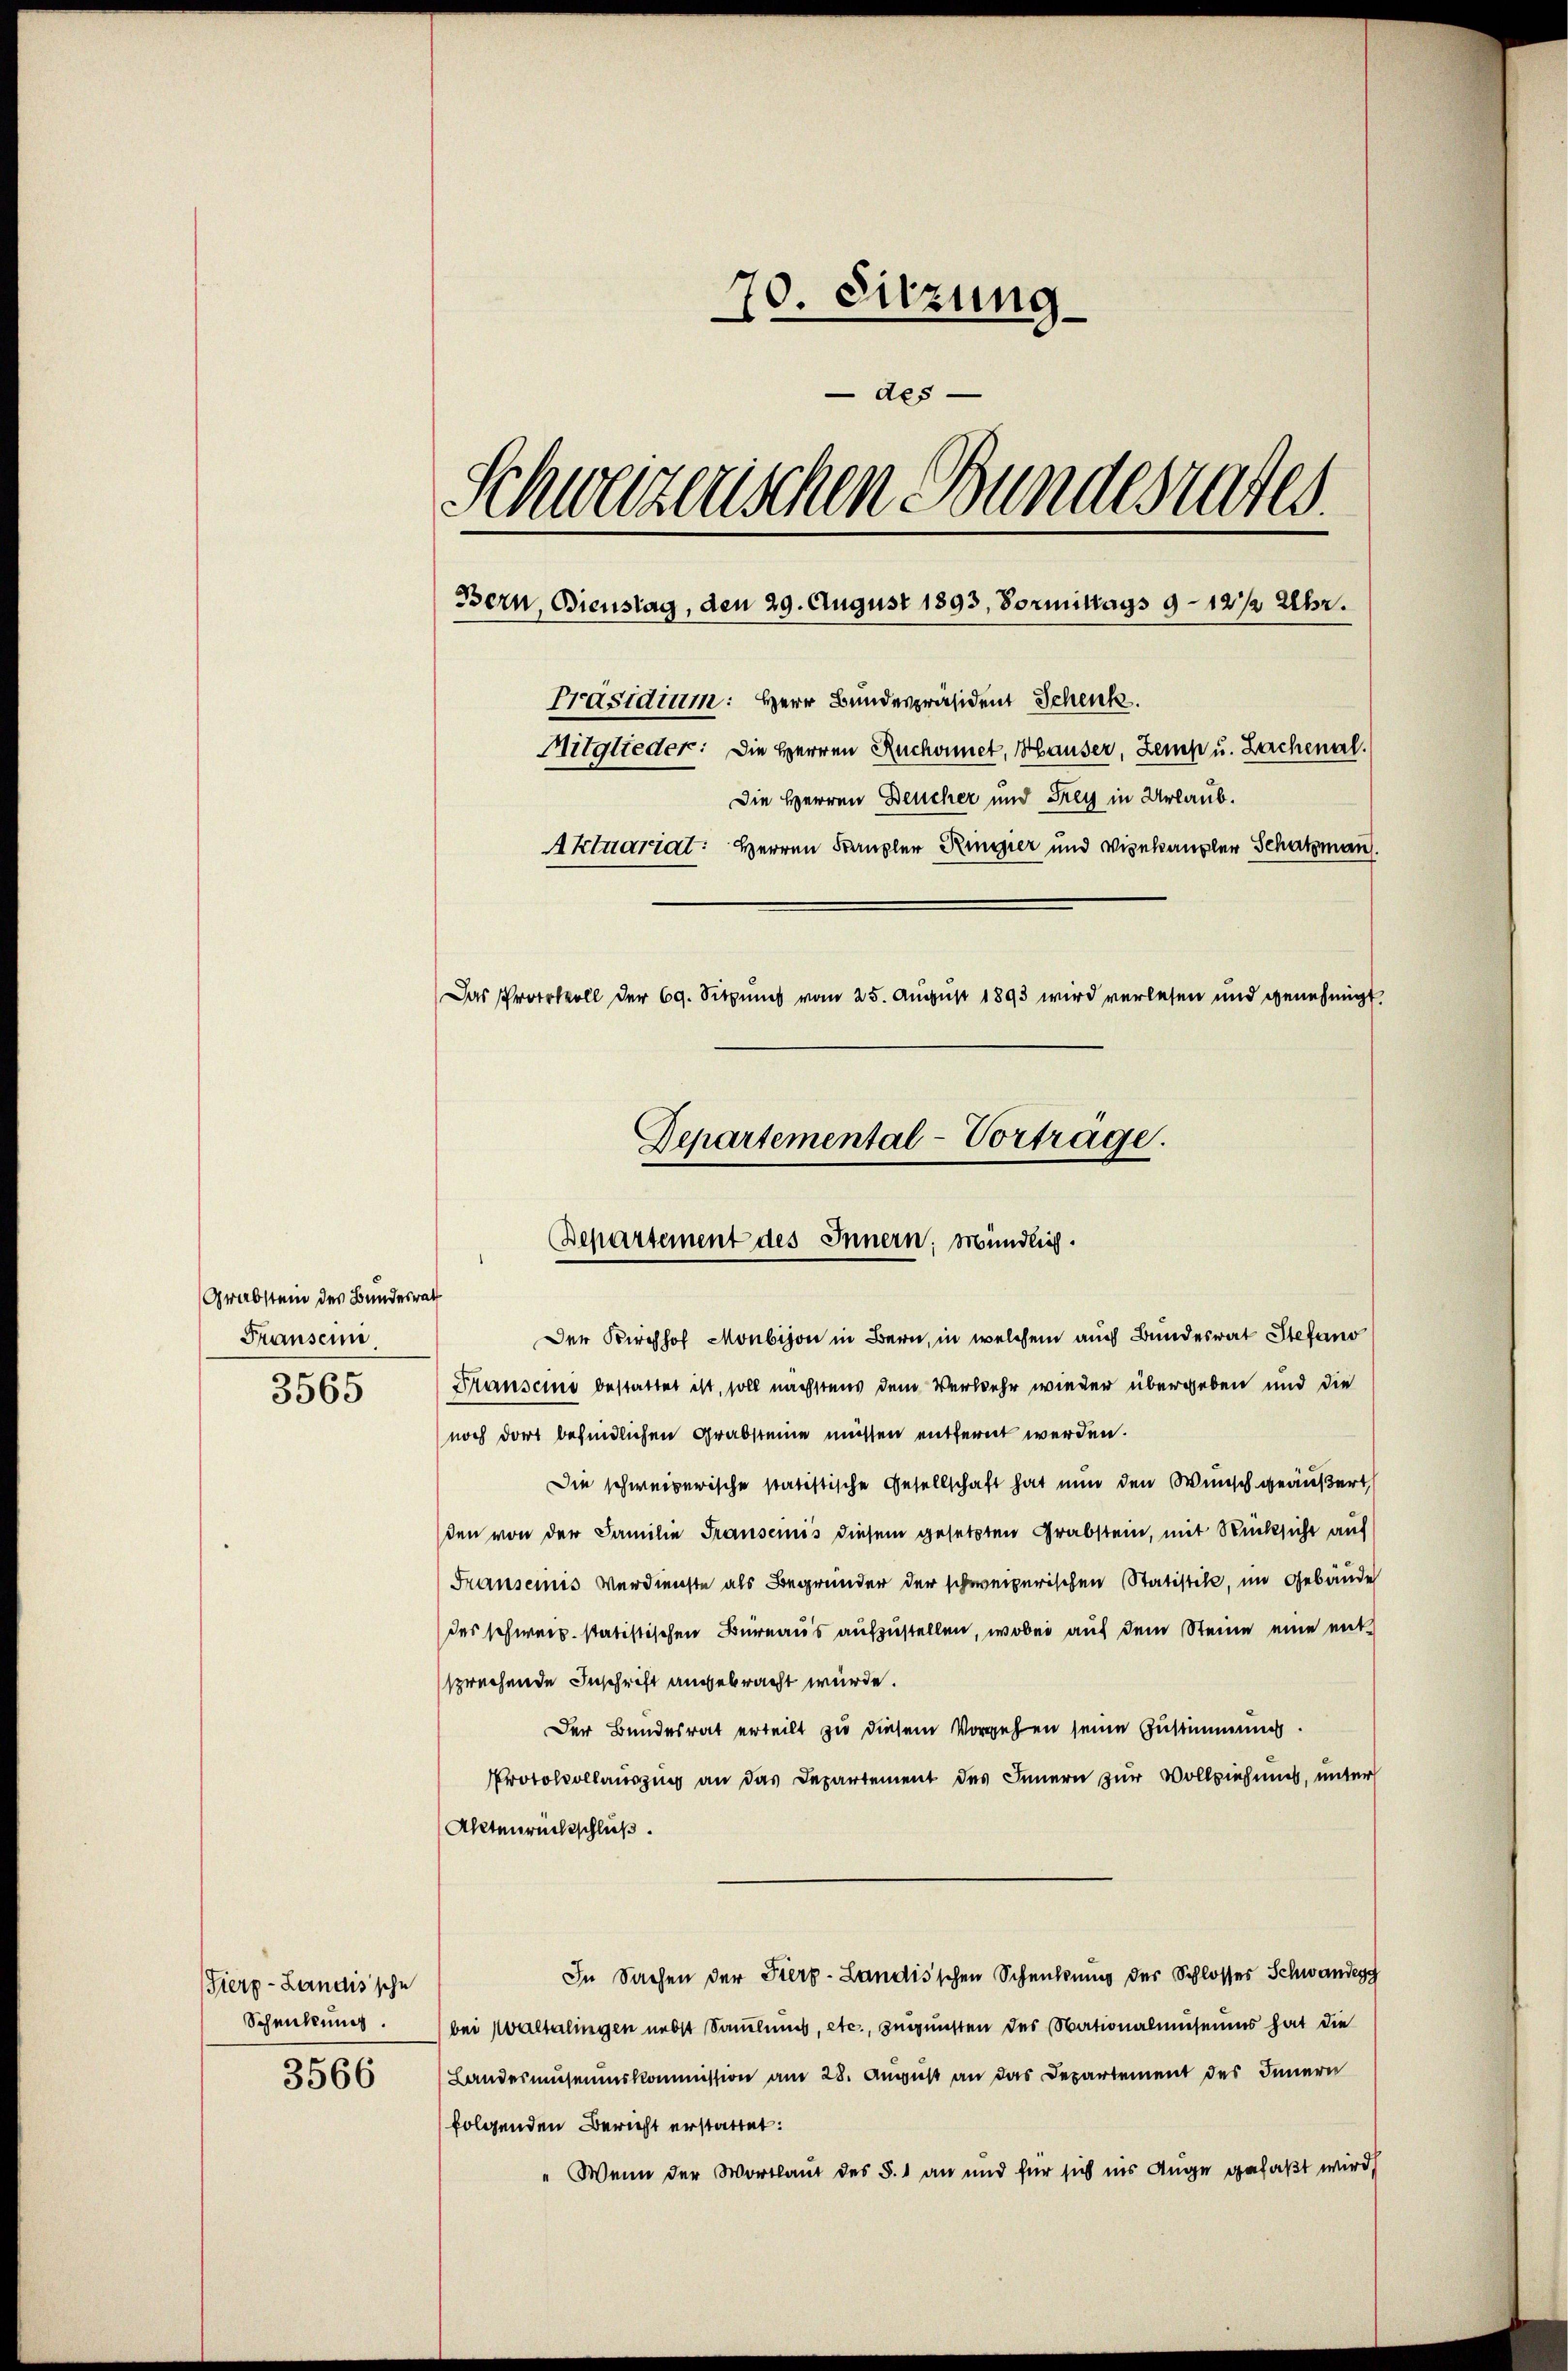
Grabstein des Bundesrath
Fransenn
3565

Fierp-Landis'sche
Schenkung.
3566

70. Sitzung
des
Schweizerischen Bundesrates.
Bern, Bienstag, den 29. August 1893, Vormittags 9 - 12 1/2 Uhr.
Präsidium: Herr Bundespräsident Schenk
Mitglieder: Die Herren Ruchonnet, Häuser, Zemp u. Zachenal.
Die Herren Deucher und Frey in Urlaub.
Aktuariat: Herren Kanzler Ringer und Vizekanzler Schatzmann.
Das Protokoll der 69. Sitzung vom 25. August 1893 wird verlesen und genehmigt.
Departemental-Vortrage.

Departement des Innern; Mündlich.
Der Kirchhof Monbison in Bern, in welchem auch Bundesrat Stefano

Prauseine bestattet ist, soll nächstens dem Verwehr wieder übergeben und die
noch dort befindlichen Grabsteine müssen entfernt werden.
Die schweizerische statistische Gesellschaft hat nun den Wunsch geäußert,
den von der Familie Transenis diesem gesetzten Grabstein, mit Rücksicht auf
Franseinis Verdienste als Begründer der schweizerischen Statistik, im Gebäude
des schwer. statistischen Bureaus aufzustellen, wobei auf dem Steine eine entsprechende Inschrift angebracht würde.
Der Bundesrat erteilt zu diesem Vorgehen seine Zustimmung.
Protokollauszug an das Departement des Innern zur Vollziehung, unter
Aktenrechtschluß.
In Sachen der Fierz-Landis'schen Schenkung des Schlosses Schwandesg
bei Waltalingen nebst Sammlung, etc., zugunsten des Nationalmuseums hat die
Landesmuseumskommission am 28. August an das Departement des Innern
folgenden Bericht erstattet:
" Wenn der Wortlaut des §. 1 an und für sich ins Auge gefaßt wird.